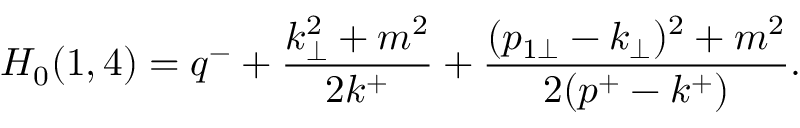
H _ { 0 } ( 1 , 4 ) = q ^ { - } + \frac { k _ { \perp } ^ { 2 } + m ^ { 2 } } { 2 k ^ { + } } + \frac { ( p _ { 1 \perp } - k _ { \perp } ) ^ { 2 } + m ^ { 2 } } { 2 ( p ^ { + } - k ^ { + } ) } .